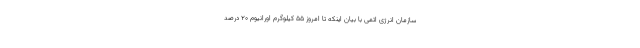
سازمان انرژی اتمی با بیان اینکه تا امروز ۵۵ کیلوگرم اورانیوم ۲۰ درصد